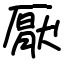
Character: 厭